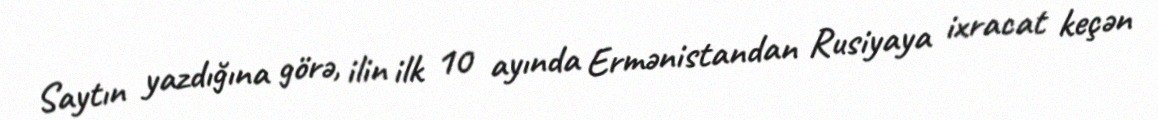
Saytın yazdığına görə, ilin ilk 10 ayında Ermənistandan Rusiyaya ixracat keçən